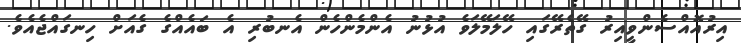
އިރުއޮއްސެންވީއިރު ގޭތެރޭގައި ހޭލަމޭލަވެ އުޅުނު އެންމެންހެން އެނބުރި އެ ބައެއްގެ ގެއަށް ހިނގައްޖެއެވެ.